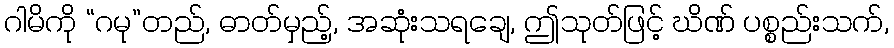
ဂါမိကို “ဂမု”တည်, ဓာတ်မှည့်, အဆုံးသရချေ, ဤသုတ်ဖြင့် ဃိဏ် ပစ္စည်းသက်,